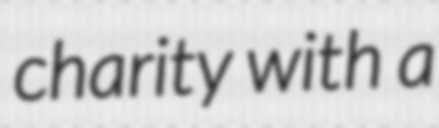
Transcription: charity with a